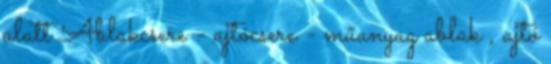
alatt Ablakcsere - ajtócsere - műanyag ablak , ajtó